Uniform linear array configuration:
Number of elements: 12
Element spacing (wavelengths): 0.25
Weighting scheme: hamming
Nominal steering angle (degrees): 45
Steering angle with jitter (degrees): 46.906
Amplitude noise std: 0.05
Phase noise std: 0.05

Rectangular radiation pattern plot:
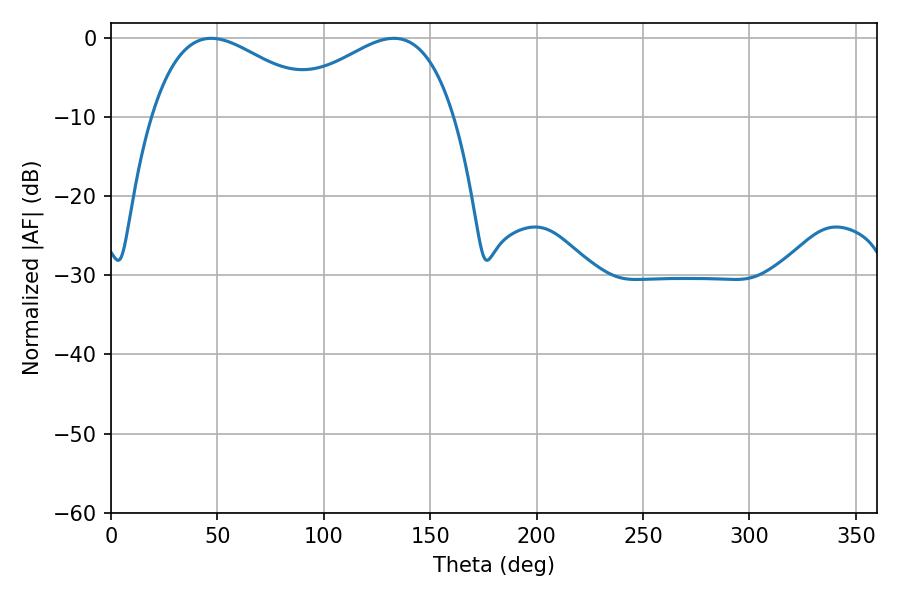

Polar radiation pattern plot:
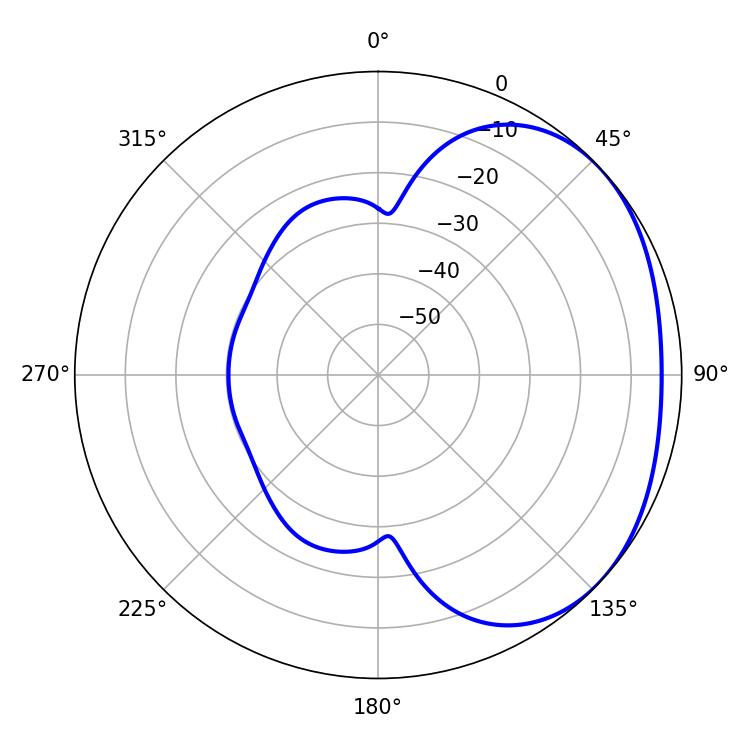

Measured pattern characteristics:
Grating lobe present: FALSE
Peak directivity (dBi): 2.15
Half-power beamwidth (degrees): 44.64
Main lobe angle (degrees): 47.16